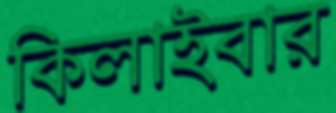
কিলাইবার